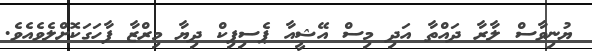
ޔުނިވާސް ލާރާ ދައްތާ އަދި މިސް އޭޝީއާ ޕެސިފިކް ދިޔާ މިރްޒާ ފާހަގަކޮށްލެވެއެވެ.